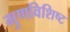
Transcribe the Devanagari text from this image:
गुणविशिष्ट